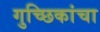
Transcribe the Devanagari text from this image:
गुच्छिकांचा